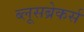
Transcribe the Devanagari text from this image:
ब्लूसब्रेकर्स